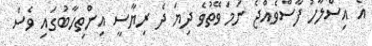
އެ އިސްލާހު ފާސްވެއްޖެ ނަމަ ވޭތުވެ ދިޔަ ދެ ރިޔާސީ އިންތިހާބުގައި ވެސް